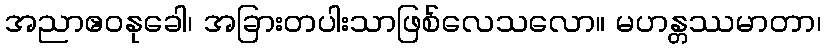
အညာဧဝနုခေါ၊ အခြားတပါးသာဖြစ်လေသလော။ မဟန္တဿမာတာ၊